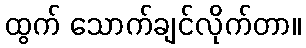
ထွက် သောက်ချင်လိုက်တာ။